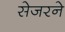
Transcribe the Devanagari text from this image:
सेजरने